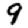
Digit: 9